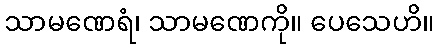
သာမဏေရံ၊ သာမဏေကို။ ပေသေဟိ။